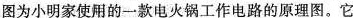
如小明家使用的一款电火锅工作电路的原理图。它